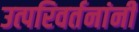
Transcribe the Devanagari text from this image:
उत्परिवर्तनांनी